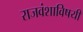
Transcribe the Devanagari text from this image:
राजवंशाविषयी